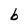
Character: b